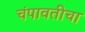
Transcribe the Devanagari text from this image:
चंपावतीचा